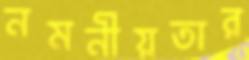
নমনীয়তার